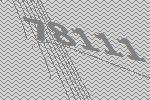
78111